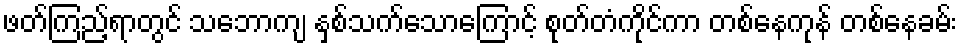
ဖတ်ကြည့်ရာတွင် သဘောကျ နှစ်သက်သောကြောင့် စုတ်တံကိုင်ကာ တစ်နေကုန် တစ်နေခမ်း